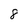
Character: 8